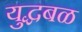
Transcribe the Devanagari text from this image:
युद्धबळ